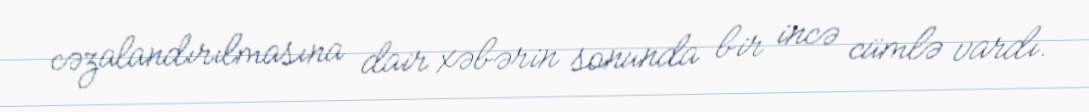
cəzalandırılmasına dair xəbərin sonunda bir incə cümlə vardı.